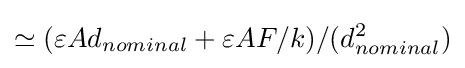
\simeq (\varepsilon Ad_{nominal}+\varepsilon AF/k)/(d_{nominal}^{2})